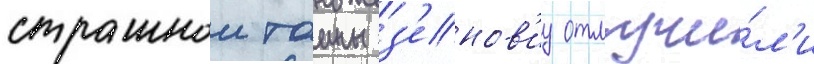
страшнои таины з'енов'иу отлучи́л'и